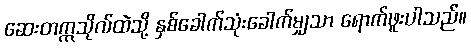
ဆေးတက္ကသိုလ်ထဲသို့ နှစ်ခေါက်သုံးခေါက်မျှသာ ရောက်ဖူးပါသည်။